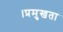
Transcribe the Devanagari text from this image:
।प्रमुखता